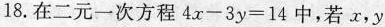
18.在二元一次方程 $$4 x - 3 y = 1 4$$ 中，若x，y